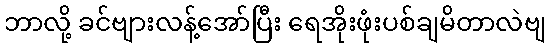
ဘာလို့ ခင်ဗျားလန့်အော်ပြီး ရေအိုးဖုံးပစ်ချမိတာလဲဗျ